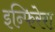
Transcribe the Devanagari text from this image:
इन्फिरेरा